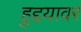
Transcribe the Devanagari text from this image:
हुद्दयावर